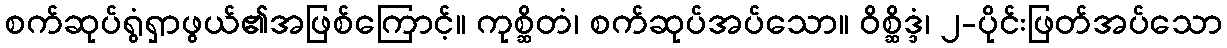
စက်ဆုပ်ရွံရှာဖွယ်၏အဖြစ်ကြောင့်။ ကုစ္ဆိတံ၊ စက်ဆုပ်အပ်သော။ ဝိစ္ဆိဒ္ဒံ၊ ၂-ပိုင်းဖြတ်အပ်သော